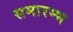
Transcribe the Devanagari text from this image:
समारम्भ